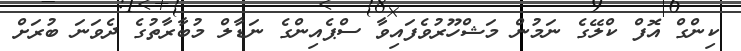
ކިންގް އޮފް ކްލޭގެ ނަމުން މަޝްހޫރުވެފައިވާ ސްޕެއިންގެ ނަޑާލް މުބާރާތުގެ ދެވަނަ ބުރަށް